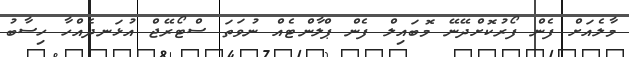
މާލެއަށް ފެން ފޯރުކޮށްދޭނޭ މޮބައިލް ފެން ޕްލާންޓެއް ނުވަތަ ސްޓޯރޭޖް އުޅަނދެއްހާ ހިސާބު